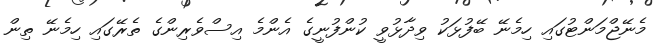
މެނޭޖްމަންޓުގައި ހިމެނޭ ބޭފުޅަކު ވިދާޅުވީ ކުންފުނީގެ އެންމެ އިސްވެރިންގެ ތެރޭގައި ހިމެނޭ ތިން